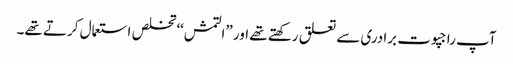
آپ راجپوت برادری سے تعلق رکھتے تھے اور ”التمش‘‘ تخلص استعمال کرتے تھے۔